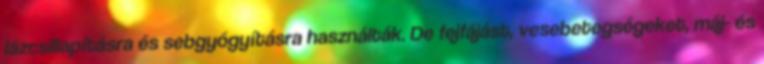
lázcsillapításra és sebgyógyításra használták. De fejfájást, vesebetegségeket, máj- és